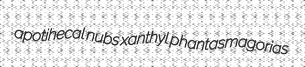
apotihecal nubs xanthyl phantasmagorias